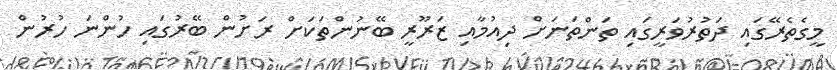
މީގެތެރޭގައި ދަތުރުވަރީގައި ތަންތަނަށް ދިއުމާއި ޒަރޫރީ ބޭނުންތަކަށް ރަށުން ބޭރުގައި ހުންނަ ހުރުން